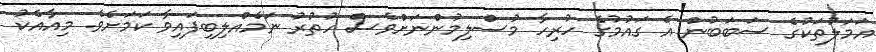
އަމަލުތަކުގެ ސަބަބުން އެ ގައުމުގެ ހުރިހާ މުސްލިމުންނަށްވެސް ހުތުރު ނަމެއްލިބިފައިވާ ކަމަށެވެ. މިއާއެކު